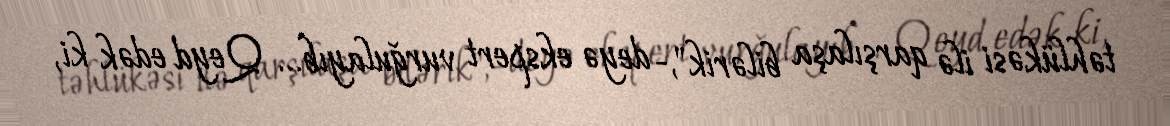
təhlükəsi ilə qarşılaşa bilərik",- deyə ekspert vurğulayıb... Qeyd edək ki,